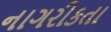
નાગરીકતા